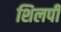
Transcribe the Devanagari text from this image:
शिलपी